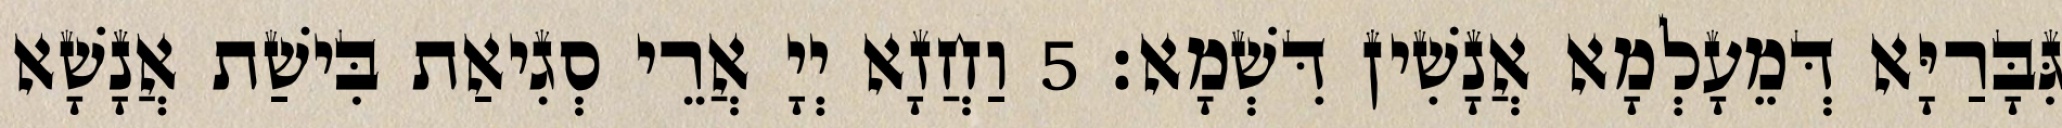
גִּבָּרַיָּא דְּמֵעָלְמָא אֲנָשִׁין דִּשְׁמָא׃ 5 וַחֲזָא יְיָ אֲרֵי סְגִיאַת בִּישַׁת אֲנָשָׁא